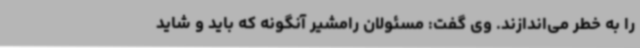
را به خطر می‌اندازند. وی گفت: مسئولان رامشیر آنگونه که باید و شاید